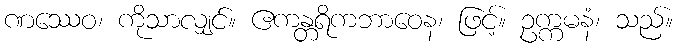
ဏဿေဝ၊ ကိုသာလျှင်။ ဧကန္တရိကဘာဝေန၊ ဖြင့်။ ဥက္ကမနံ၊ သည်။